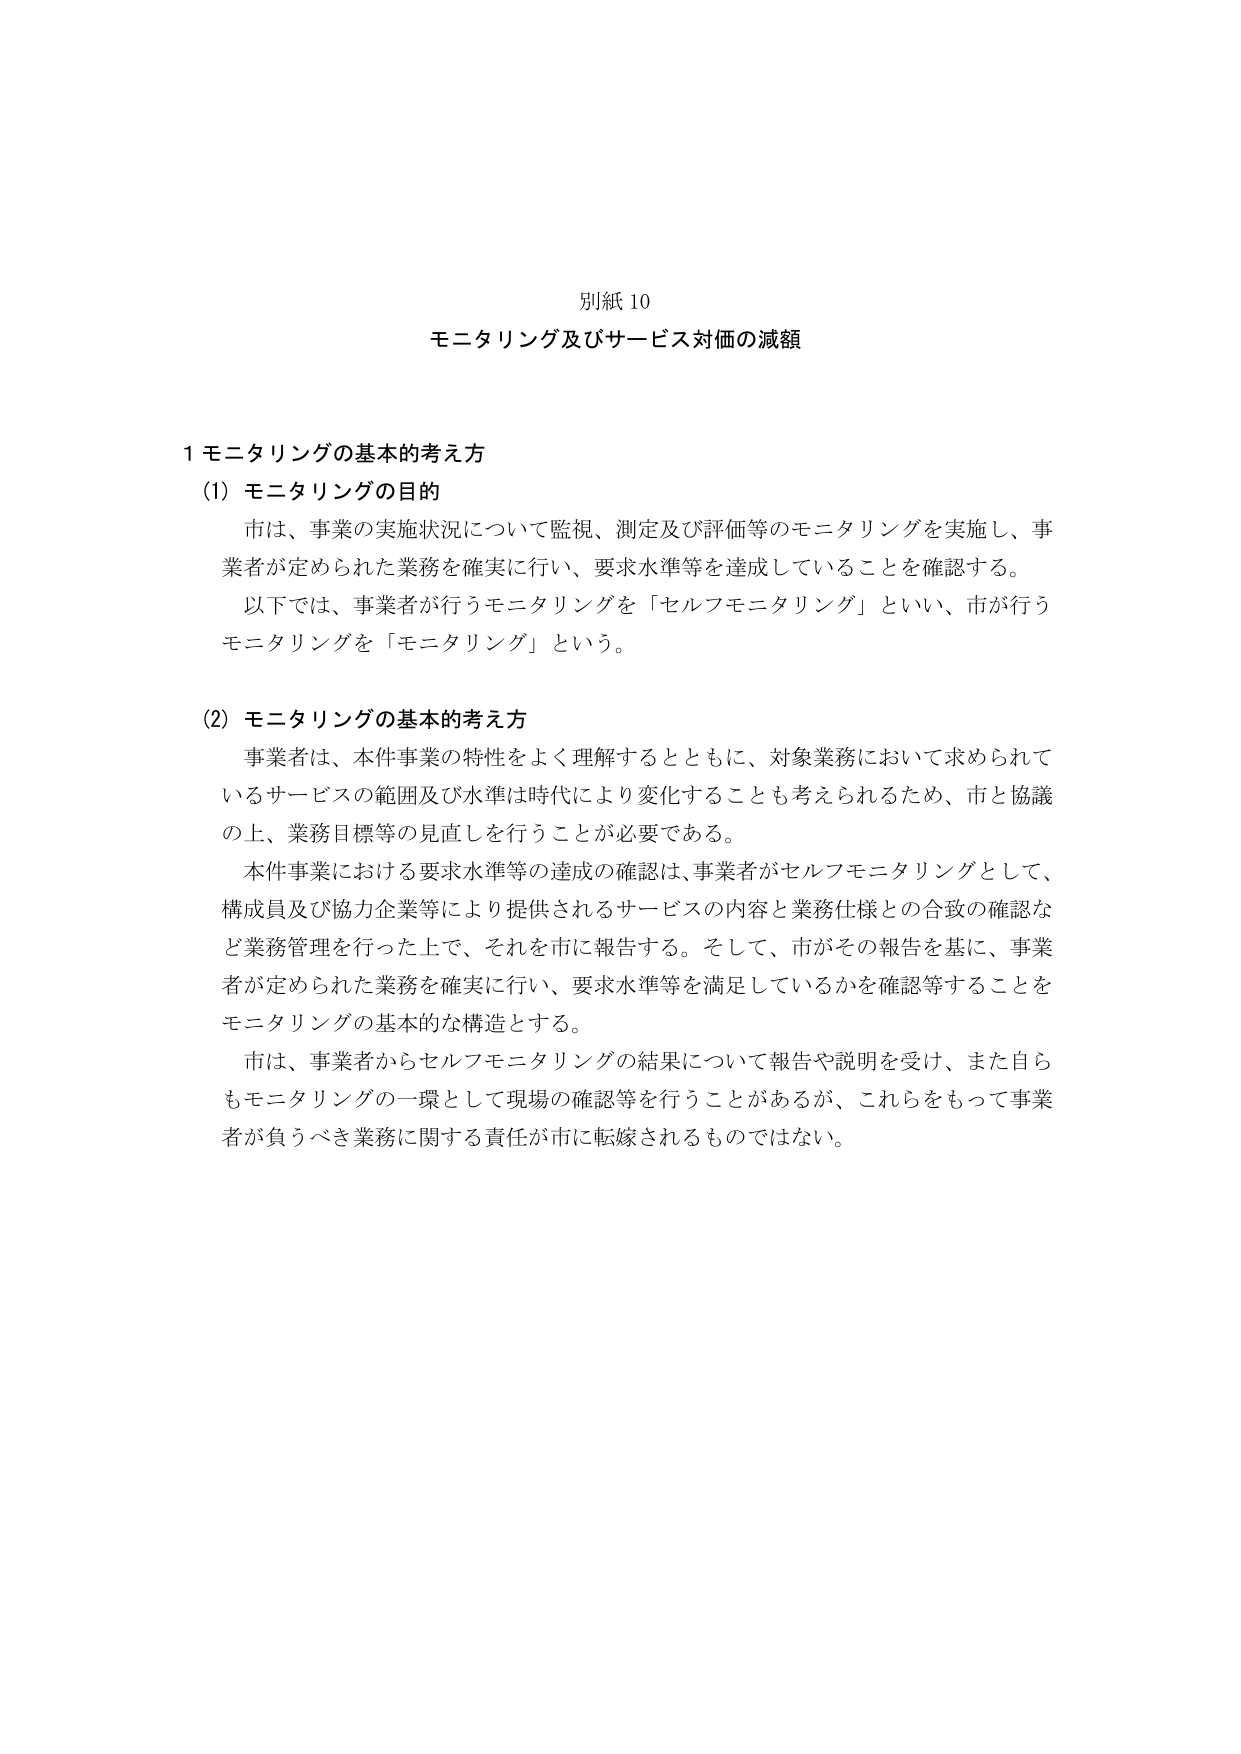
別紙10
モニタリング及びサービス対価の減額

1 モニタリングの基本的考え方
(1) モニタリングの目的
市は、事業の実施状況について監視、測定及び評価等のモニタリングを実施し、事業者が定められた業務を確実に行い、要求水準等を達成していることを確認する。
以下では、事業者が行うモニタリングを「セルフモニタリング」といい、市が行うモニタリングを「モニタリング」という。

(2) モニタリングの基本的考え方
事業者は、本件事業の特性をよく理解するとともに、対象業務において求められているサービスの範囲及び水準は時代により変化することも考えられるため、市と協議の上、業務目標等の見直しを行うことが必要である。
本件事業における要求水準等の達成の確認は、事業者がセルフモニタリングとして、構成員及び協力企業等により提供されるサービスの内容と業務仕様との合致の確認など業務管理を行った上で、それを市に報告する。そして、市がその報告を基に、事業者が定められた業務を確実に行い、要求水準等を満足しているかを確認等することをモニタリングの基本的な構造とする。
市は、事業者からセルフモニタリングの結果について報告や説明を受け、また自らもモニタリングの一環として現場の確認等を行うことがあるが、これらをもって事業者が負うべき業務に関する責任が市に転嫁されるものではない。